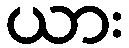
ယား